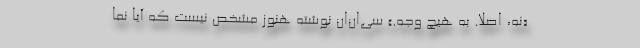
«نه، اصلاً. به هیچ وجه.» سی‌ان‌ان نوشته هنوز مشخص نیست که آیا نما